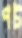
পট